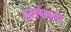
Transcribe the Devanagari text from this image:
पराबेंगनी